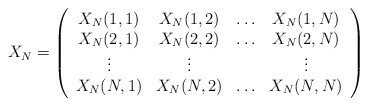
\begin{align*}X_{N}=\left(\begin{array}{cccc}X_{N}(1,1) & X_{N}(1,2) & \ldots & X_{N}(1,N) \\X_{N}(2,1) & X_{N}(2,2) & \ldots & X_{N}(2,N) \\\vdots & \vdots & & \vdots \\X_{N}(N,1) & X_{N}(N,2) & \ldots & X_{N}(N,N)\end{array}\right) \end{align*}